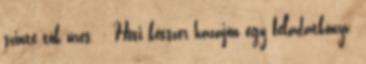
szinte tök üres. : Heti kétszer hazajön egy feladatkönyv.